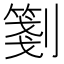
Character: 𠠀